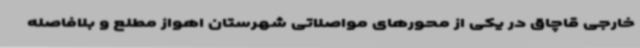
خارجی قاچاق در یکی از محورهای مواصلاتی شهرستان اهواز مطلع و بلافاصله